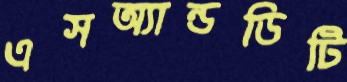
এসঅ্যান্ডডিটি